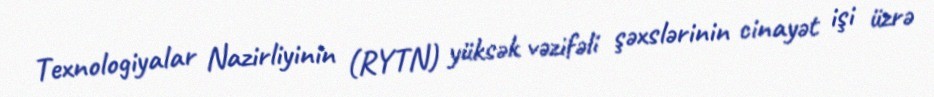
Texnologiyalar Nazirliyinin (RYTN) yüksək vəzifəli şəxslərinin cinayət işi üzrə